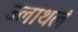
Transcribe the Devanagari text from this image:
उलाथलं